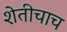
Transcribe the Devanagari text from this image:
शेतीचाच